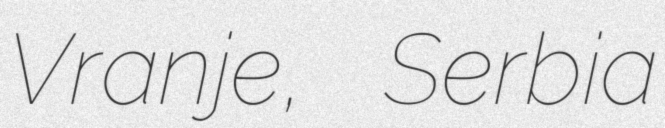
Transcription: Vranje, Serbia